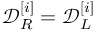
\mathcal { D } _ { R } ^ { [ i ] } = \mathcal { D } _ { L } ^ { [ i ] }